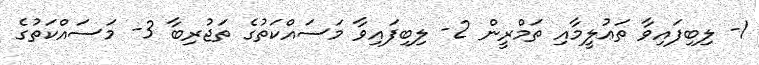
1- ލިބިފައިވާ ތަޢުލީމާއި ތަމްރީން 2- ލިބިފައިވާ މަސައްކަތުގެ ތަޖުރިބާ 3- މަސައްކަތުގެ